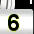
Digit: 6